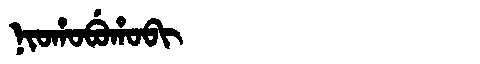
Manchu: ᠨᡳᠣᡥᠣᠪᡠᡥᠣᠪᡳ
Romanization: NIOHOBUHOBI